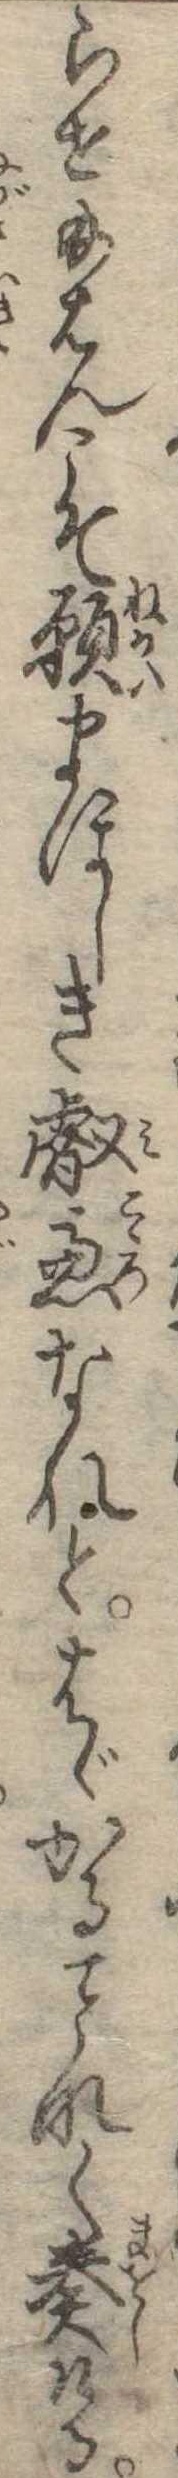
らせ給はんこそ願まほしき叡慮なれとはゞかるなく奏ける